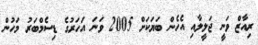
ރިއާޒް ވަނީ ޖަލީލާއި އެހެން ބަޔަކަށް 2005 ވަނަ އަހަރުގެ ޑިސެމްބަރު މަހުން